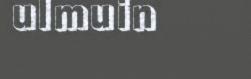
ulmuin